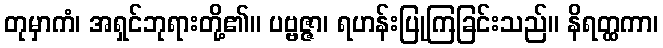
တုမှာကံ၊ အရှင်ဘုရားတို့၏။ ပဗ္ဗဇ္ဇာ၊ ရဟန်းပြုကြခြင်းသည်။ နိရတ္ထကာ၊